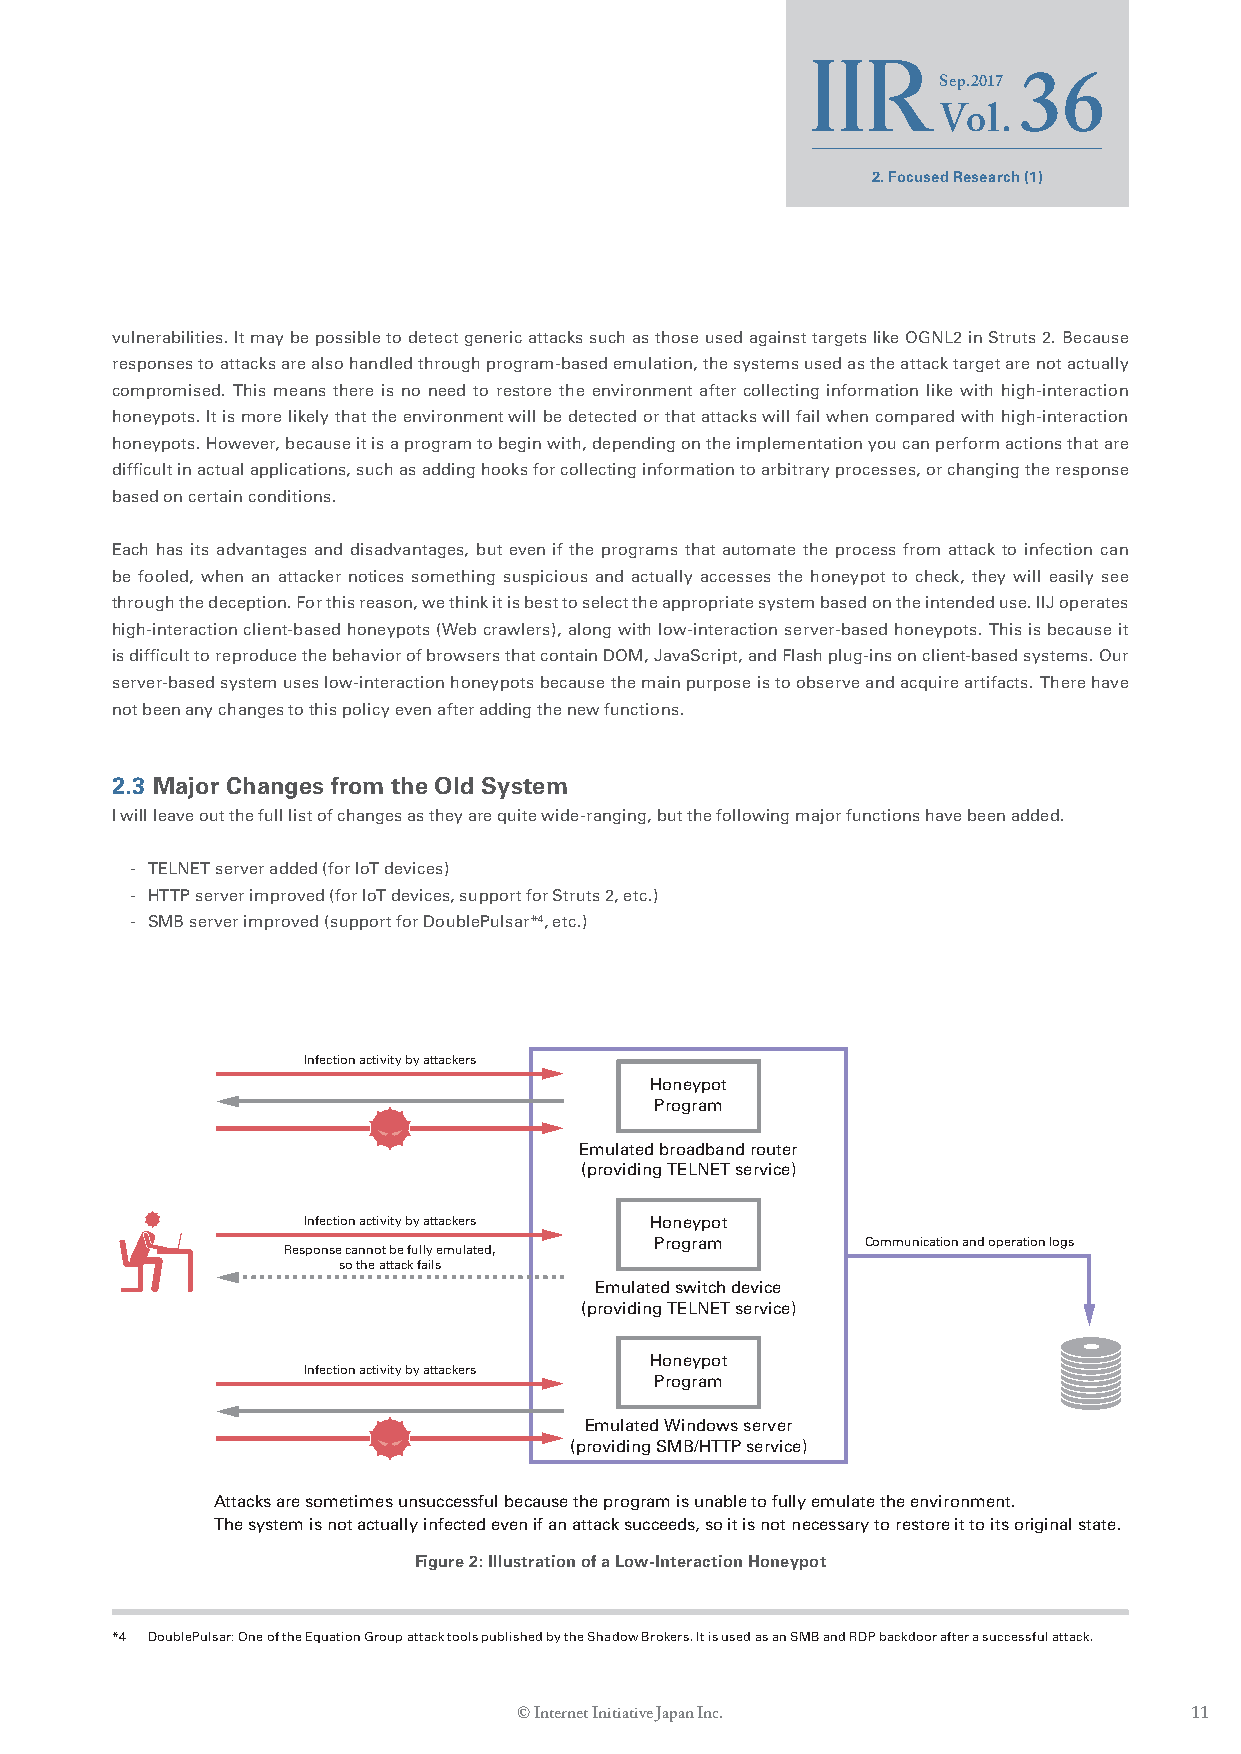
Sep.2017
 36
 Vol.
 2. Focused Research (1)
 vulnerabilities. It may be possible to detect generic attacks such as those used against targets like OGNL2 in Struts 2. Because
 responses to attacks are also handled through program-based emulation, the systems used as the attack target are not actually
 compromised. This means there is no need to restore the environment after collecting information like with high-interaction
 honeypots. It is more likely that the environment will be detected or that attacks will fail when compared with high-interaction
 honeypots. However, because it is a program to begin with, depending on the implementation you can perform actions that are
 difficult in actual applications, such as adding hooks for collecting information to arbitrary processes, or changing the response
 based on certain conditions.
 Each has its advantages and disadvantages, but even if the programs that automate the process from attack to infection can
 be fooled, when an attacker notices something suspicious and actually accesses the honeypot to check, they will easily see
 through the deception. For this reason, we think it is best to select the appropriate system based on the intended use. IIJ operates
 high-interaction client-based honeypots (Web crawlers), along with low-interaction server-based honeypots. This is because it
 is difficult to reproduce the behavior of browsers that contain DOM, JavaScript, and Flash plug-ins on client-based systems. Our
 server-based system uses low-interaction honeypots because the main purpose is to observe and acquire artifacts. There have
 not been any changes to this policy even after adding the new functions.
 2.3 Major Changes from the Old System
 I will leave out the full list of changes as they are quite wide-ranging, but the following major functions have been added.
 - TELNET server added (for IoT devices)
 - HTTP server improved (for IoT devices, support for Struts 2, etc.)
 - SMB server improved (support for DoublePulsar*4, etc.)
 Infection activity by attackers
 Honeypot
 Program
 Emulated broadband router
 (providing TELNET service)
 Infection activity by attackers Honeypot
 Program       Communication and operation logs
 Response cannot be fully emulated,
 so the attack fails
 Emulated switch device
 (providing TELNET service)
 Honeypot
 Infection activity by attackers
 Program
 Emulated Windows server
 (providing SMB/HTTP service)
 Attacks are sometimes unsuccessful because the program is unable to fully emulate the environment.
 The system is not actually infected even if an attack succeeds, so it is not necessary to restore it to its original state.
 Figure 2: Illustration of a Low-Interaction Honeypot
 *4 DoublePulsar: One of the Equation Group attack tools published by the Shadow Brokers. It is used as an SMB and RDP backdoor after a successful attack.
 © Internet Initiative Japan Inc.             11